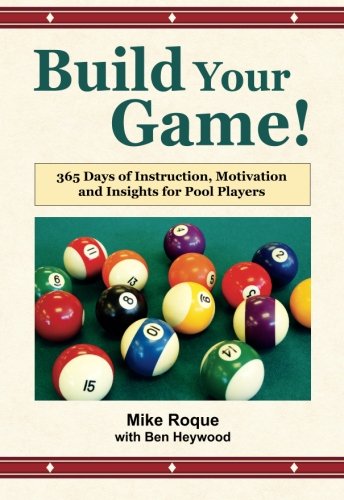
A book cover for Build Your Game!: 365 Days of Instruction, Motivation and Insights for Pool Players; Mike Roque; Sports & Outdoors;